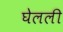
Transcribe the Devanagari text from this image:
घेलली